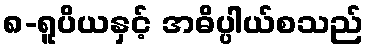
၈-ရူပိယနှင့် အဓိပ္ပါယ်စသည်